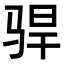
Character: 𫘣